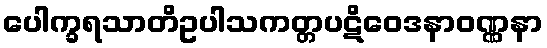
ပေါက္ခရသာတိဥပါသကတ္တပဋိဝေဒနာဝဏ္ဏနာ